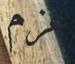
عزم